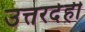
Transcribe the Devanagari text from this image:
उत्तरदेही